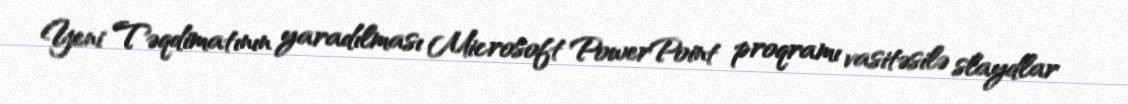
Yeni Təqdimatının yaradılması Microsoft PowerPoint proqramı vasitəsilə slaydlar